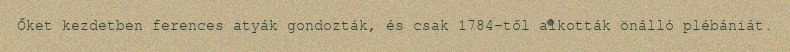
Őket kezdetben ferences atyák gondozták, és csak 1784-től alkották önálló plébániát.